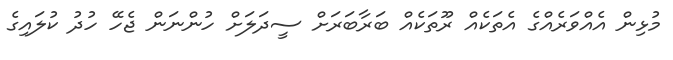
މުޅިން އެއްވަރެއްގެ އެތަކެއް ރޫތަކެއް ބަރާބަރަށް ސީދަލަށް ހުންނަން ޖެހޭ ހުދު ކުލައިގެ